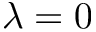
\lambda = 0